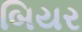
બિયર